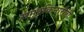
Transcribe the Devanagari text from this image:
समुद्रकिनारीही